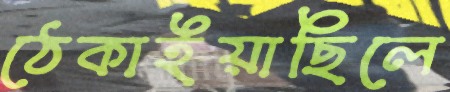
ঠেকাইয়াছিলে